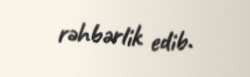
rəhbərlik edib.